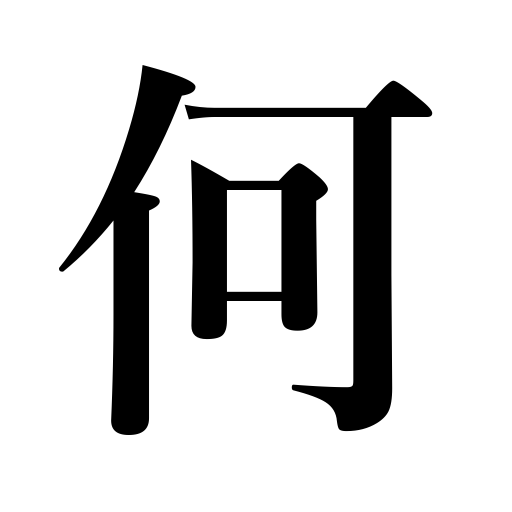
Meanings: what